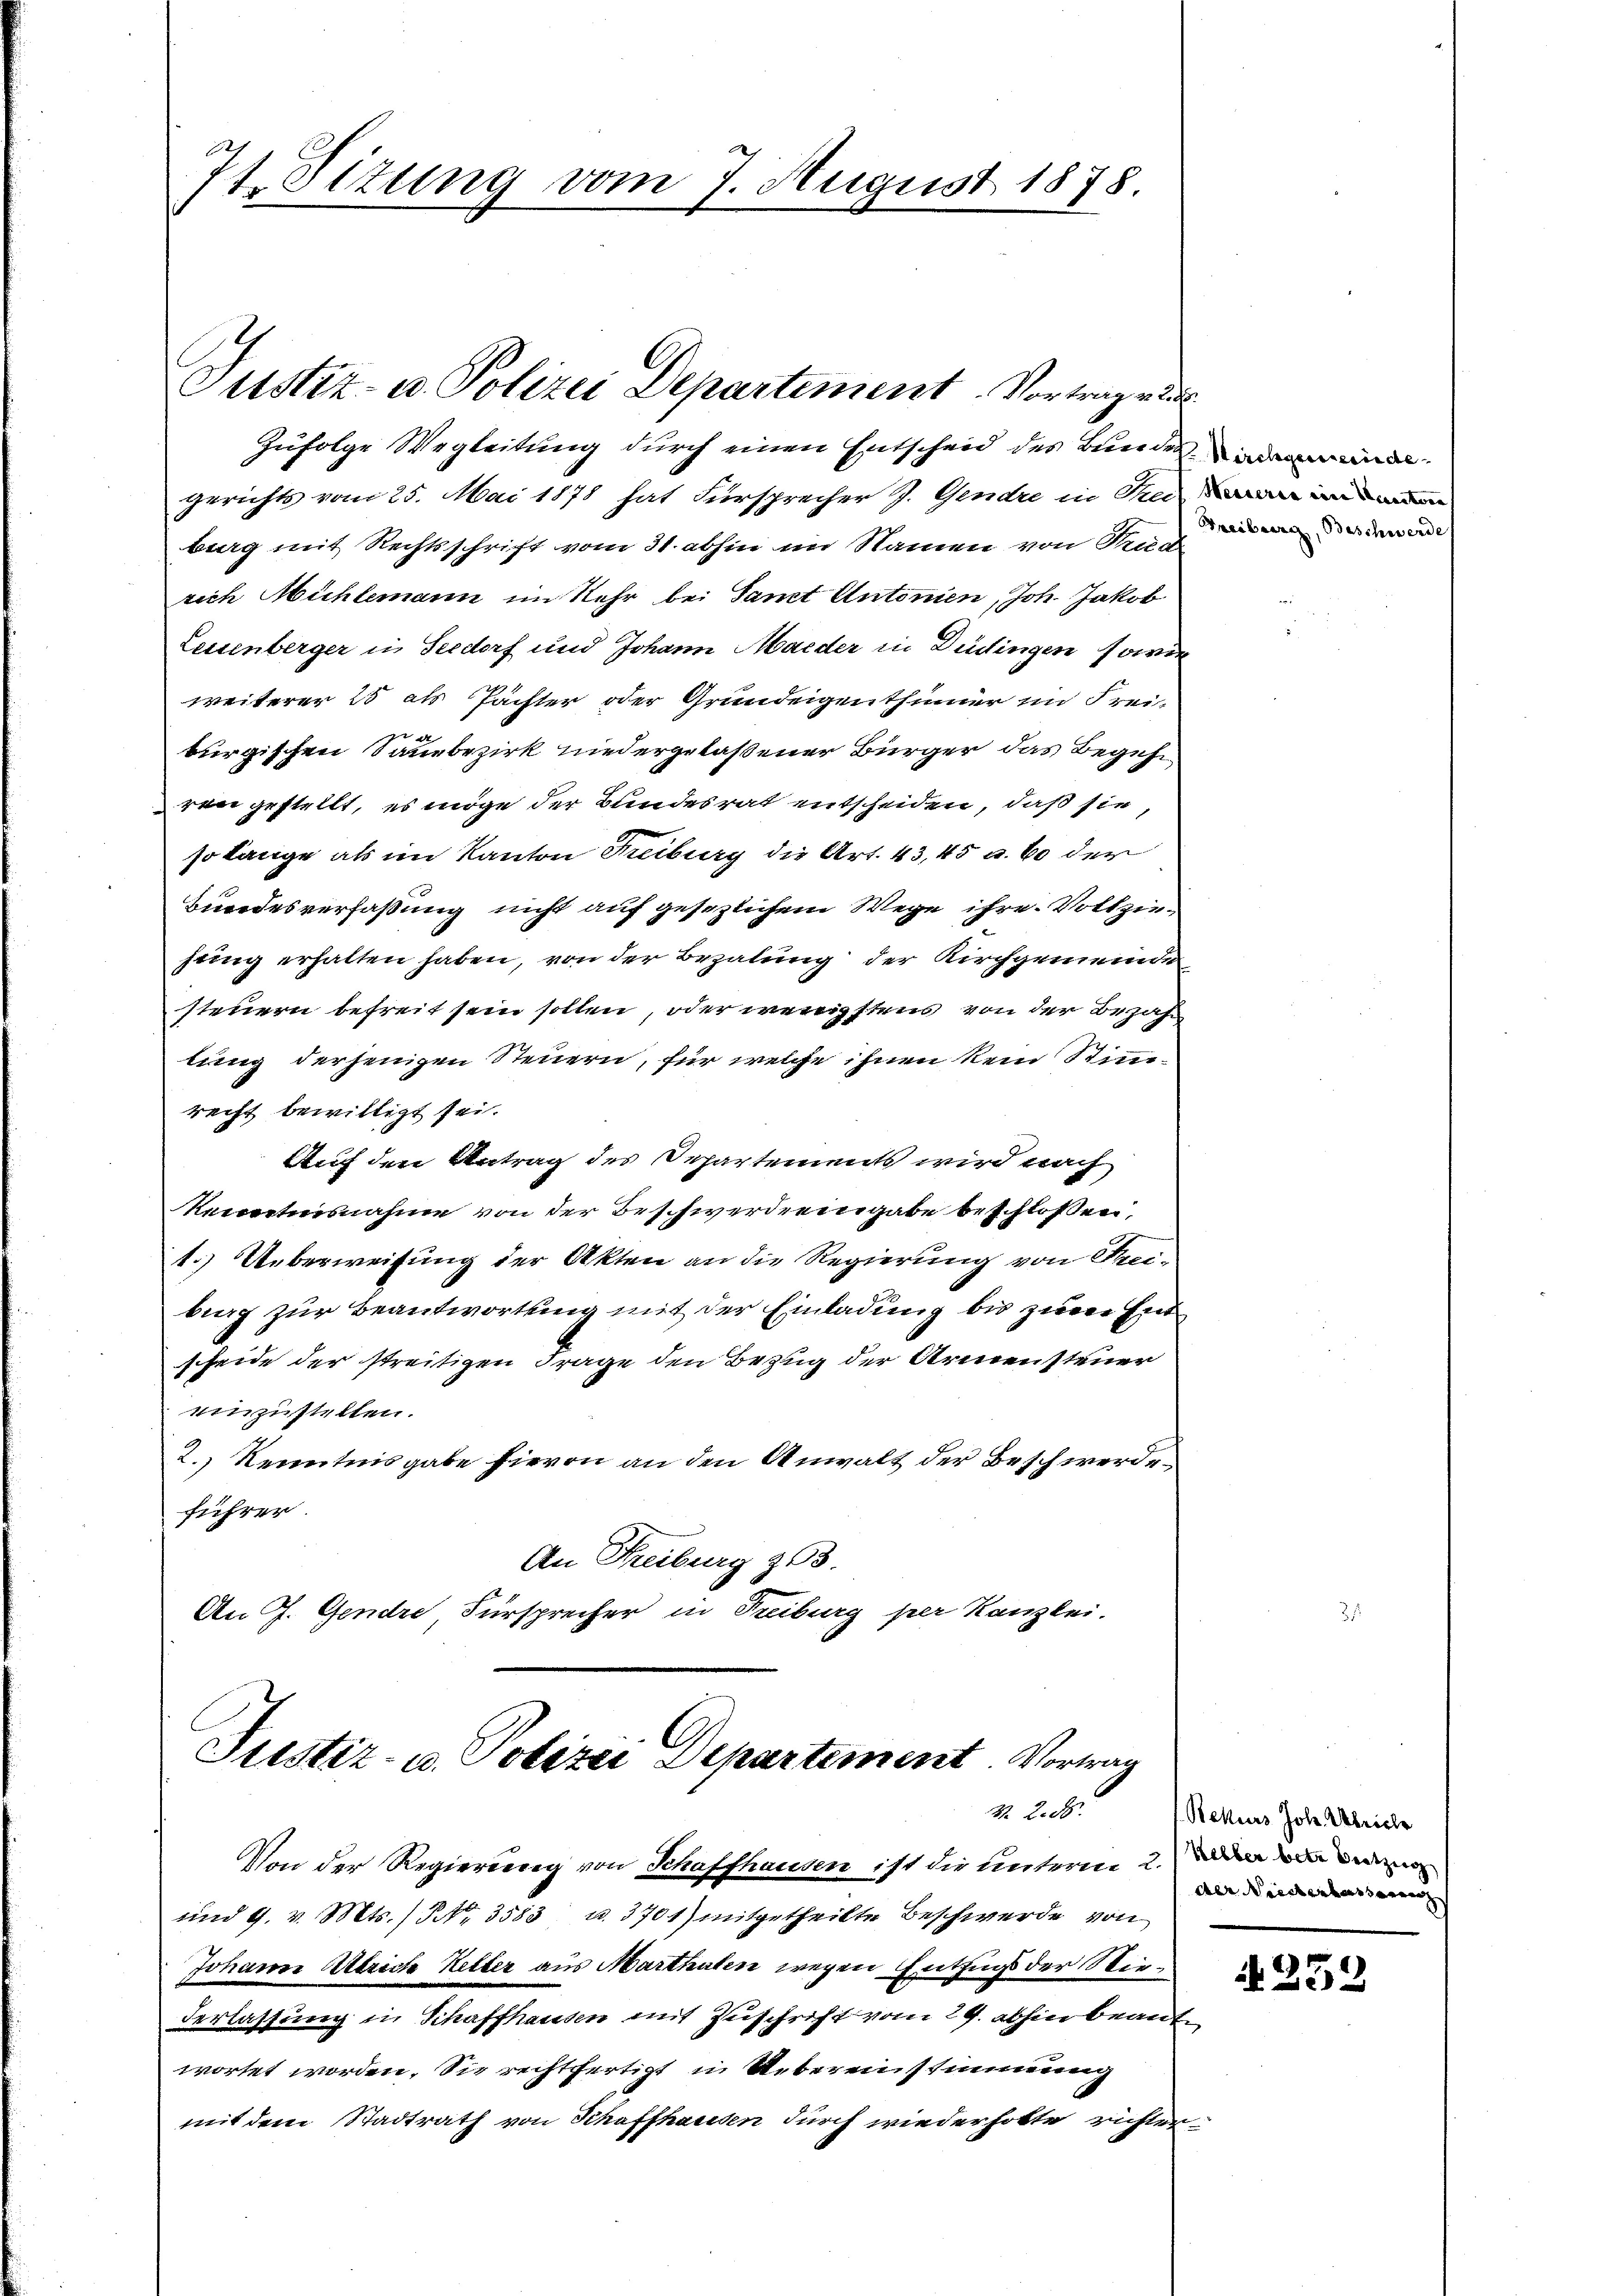
74. Sizung vom 7. August 1878.

Zufolge Wegleitung durch einen Entscheid des Bundende
gerichts vom 25. Mai 1878 hat Fürsprecher J. Gendre in An
berg mit Rechtsschrift vom 31. abhin im Namen von Fried
rich Mühlemann im Kehr bei Samt Antonien, Joh. Jakob
Leuenberger in Seedorf und Johann Maeder in Düdingen sowie
weiterer 250 als Pächter oder Grundeigenthümer im Freid
burgischen Sanebezirk niedergelaßener Bürger das Begehr
ren gestellt, es möge der Bundesrat entscheiden, daß sie,
so lange als im Kanton Treiburg die Art. 43,45 u. 60 der
Bundesverfaßung nicht auf gesezlichem Wege ihre Vollziejung erhalten haben, von der Bezalung der Kirchgemeinde
steuern befreit sein sollen, oder wenigstens von der Bezahl
lung derjenigen Steuern, für welche ihnen kein Stimmrecht bewilligt sei.
Auf den Antrag des Separtements wird nach
Reiertesnahme von der Beschwerdeeingabe beschlossen,
1.) Ueberweisung der Akten an die Regierung von Tei-
bung zur Beantwortung mit der Einladung bis zum Ent
scheide der streitigen Frage den Bezug der Armensteuer
einzustellen.
2.) Kenntnisgabe hievon an den Anwalt der Beschwerde-
führer.
An Freiburg 263.
An J. Gendre Fürsprecher in Freiburg per Kanzlei.

Justiz- u. Polizei Departement. Vortrage

Justiz- u. Polizei Departement. Vortrag
3. 2. d.

Von der Regierung von Schaffhausen ist die unterm 2. in die
und 9. v. Mts. / NNo. 3583 u. 3701) mitgetheilte Beschwerde von
Johann Attrich Heller aus Marthalen wegen Entzugs der Stiederlassung in Schaffhausen mit Zuschrift vom 29. abhin beantwortet worden. Sie rechtfertigt in Uebereinstimmung
mit dem Stadtrath von Schaffhausen durch wiederholte richter

Freiburg, Beschwerde

Rekurs Joh. Ulriche
der Niederbesserung

N 252